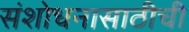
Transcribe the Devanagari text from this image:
संशोधनासाठीची